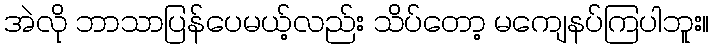
အဲလို ဘာသာပြန်ပေမယ့်လည်း သိပ်တော့ မကျေနပ်ကြပါဘူး။